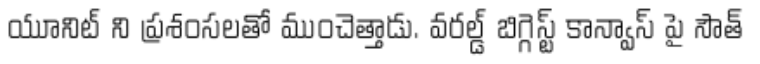
యూనిట్ ని ప్రశంసలతో ముంచెత్తాడు. వరల్డ్ బిగ్గెస్ట్ కాన్వాస్ పై సౌత్